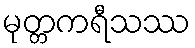
မုတ္တကရီသဿ